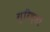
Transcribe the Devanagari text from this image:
गुरिल्लों